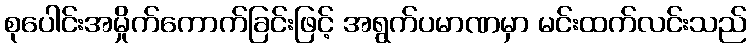
စုပေါင်းအမှိုက်ကောက်ခြင်းဖြင့် အရွက်ပမာဏမှာ မင်းထက်လင်းသည်